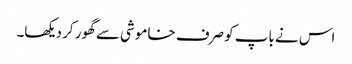
اس نے باپ کو صرف خاموشی سے گھور کر دیکھا۔